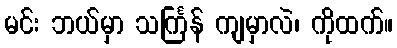
မင်း ဘယ်မှာ သင်္ကြန် ကျမှာလဲ၊ ကိုထက်။